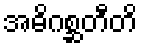
အဓိဂစ္ဆတီတိ